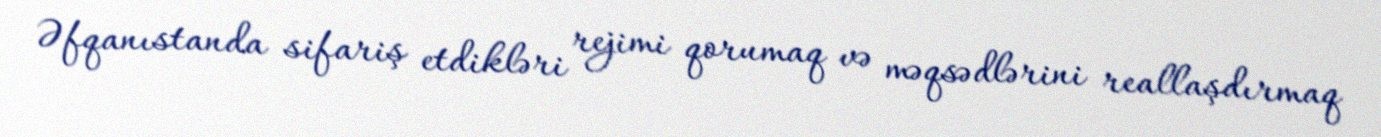
Əfqanıstanda sifariş etdikləri rejimi qorumaq və məqsədlərini reallaşdırmaq